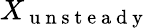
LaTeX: X_{\mathrm{~u~n~s~t~e~a~d~y~}}